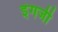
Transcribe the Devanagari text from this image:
इंगजी